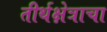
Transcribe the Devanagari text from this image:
तीर्थक्षेत्राचा